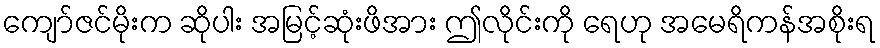
ကျော်ဇင်မိုးက ဆိုပါး အမြင့်ဆုံးဖိအား ဤလိုင်းကို ရေဟု အမေရိကန်အစိုးရ